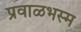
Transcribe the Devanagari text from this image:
प्रवाळभस्म